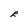
Character: R